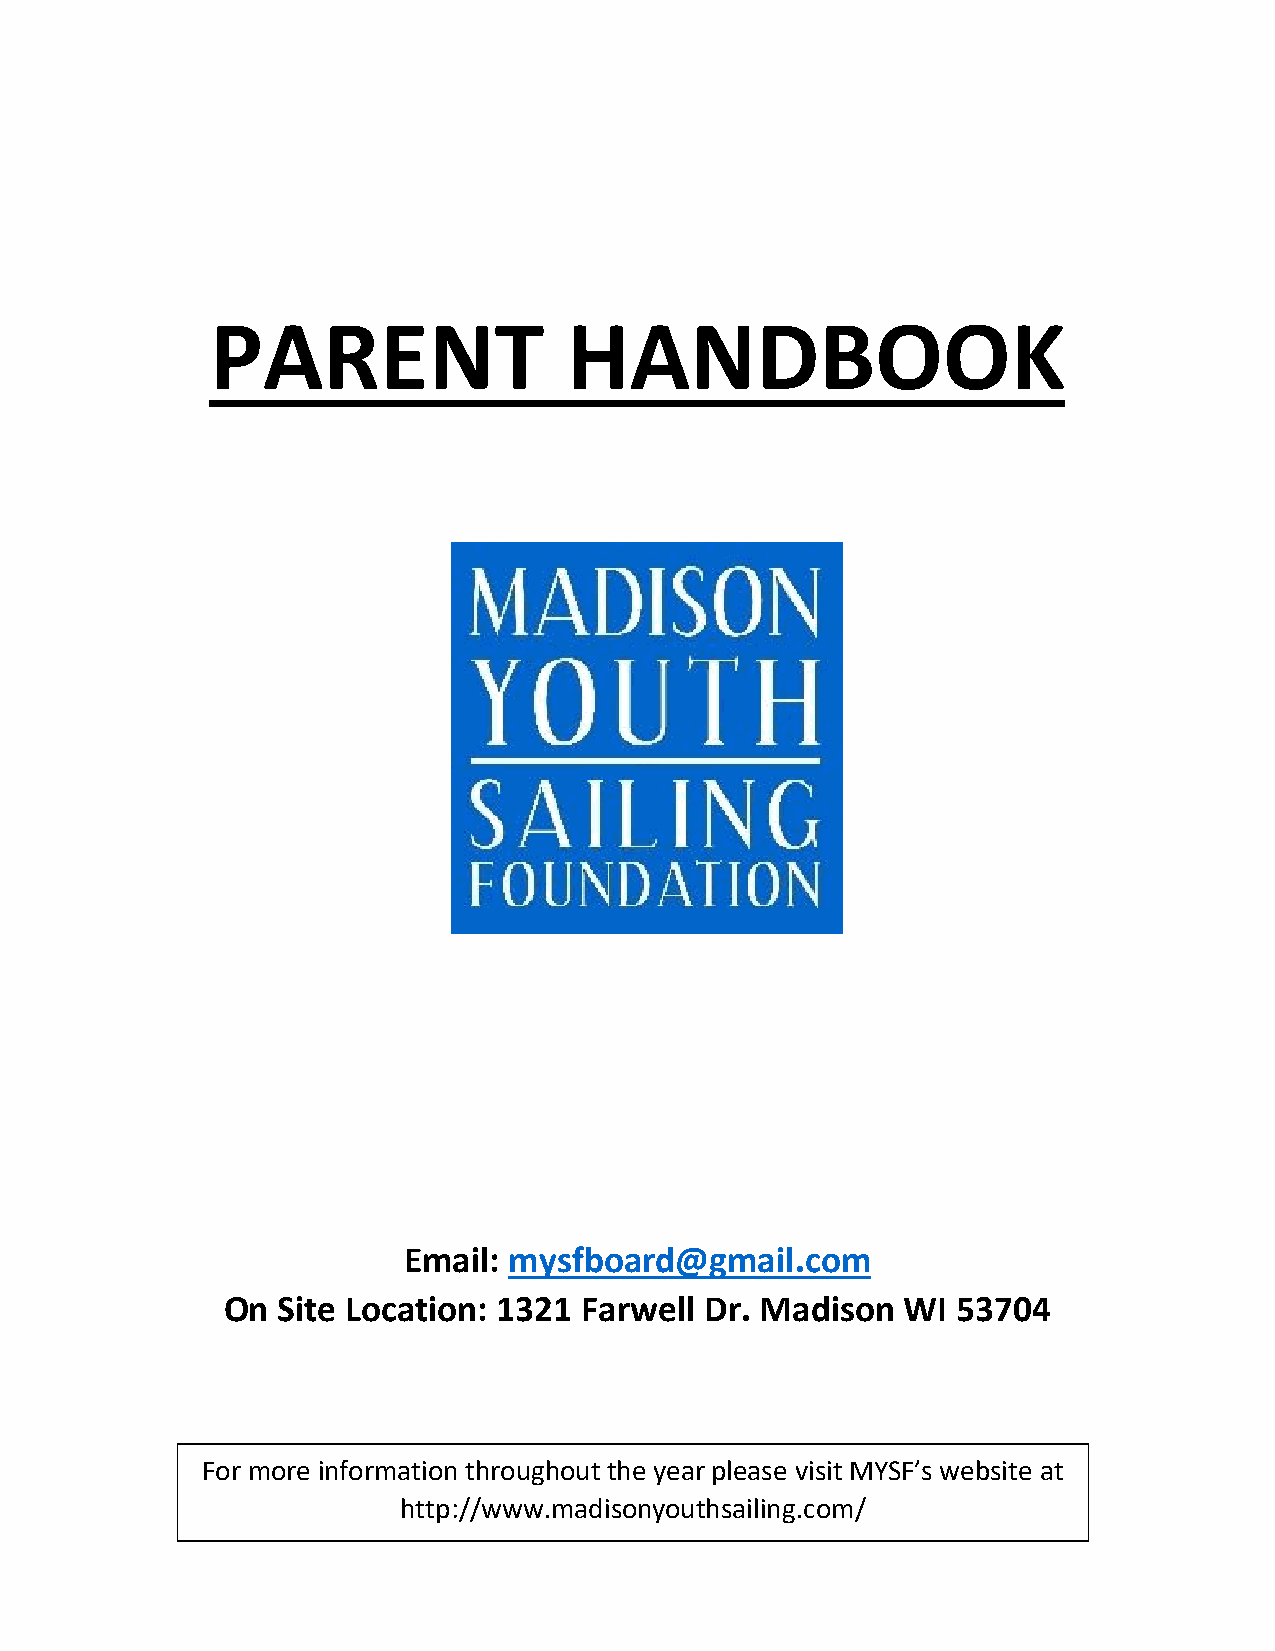
PARENT                  HANDBOOK
 Email: mysfboard@gmail.com
 On Site Location: 1321 Farwell  Dr. Madison  WI 53704
 For more information throughout the year please visit MYSF’s website at
 http://www.madisonyouthsailing.com/